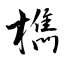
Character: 檇